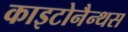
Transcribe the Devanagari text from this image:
काइटोनैन्थस